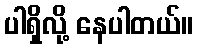
ပါရှိလို့ နေပါတယ်။